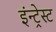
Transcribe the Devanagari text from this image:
इंन्ट्रेस्ट